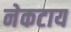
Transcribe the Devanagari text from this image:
नेकटाय